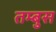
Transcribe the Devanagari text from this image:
तम्बुस